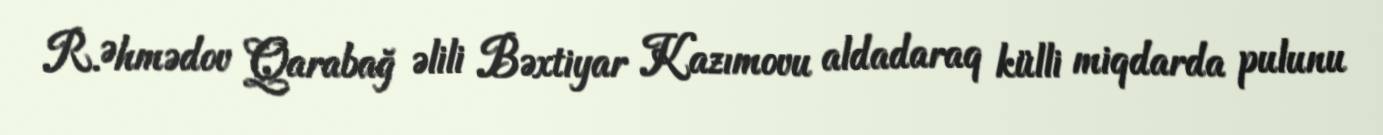
R.Əhmədov Qarabağ əlili Bəxtiyar Kazımovu aldadaraq külli miqdarda pulunu